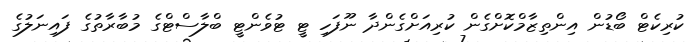
ކުރިކެޓް ބޯޑުން އިންތިޒާމްކޮށްގެން ކުރިއަށްގެންދާ ނޫފަހި ޓީ ޓުވެންޓީ ބްލާސްޓްގެ މުބާރާތުގެ ފައިނަލުގެ